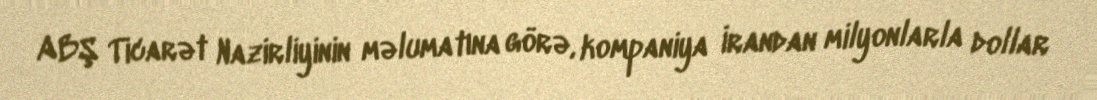
ABŞ Ticarət Nazirliyinin məlumatına görə, kompaniya İrandan milyonlarla dollar